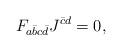
LaTeX: \begin{align*}F_{a\bar{b}c\bar{d}} J^{\bar{c} d} = 0, \end{align*}